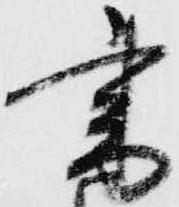
書